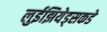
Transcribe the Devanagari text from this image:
लुईझियेड्सकडे